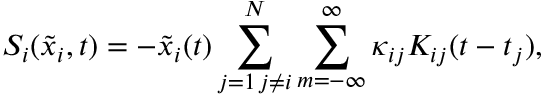
S _ { i } ( \tilde { x } _ { i } , t ) = - \tilde { x } _ { i } ( t ) \sum _ { \substack { j = 1 \, j \neq i } } ^ { N } \sum _ { m = - \infty } ^ { \infty } \kappa _ { i j } K _ { i j } ( t - t _ { j } ) ,